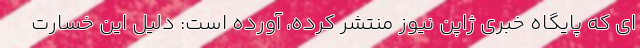
ای که پایگاه خبری ژاپن نیوز منتشر کرده، آورده است: دلیل این خسارت